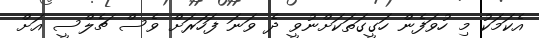
އެކަމަކު މި ހުވަފެން ހަގީގަތަކަށްނުވީ ދެ ވަނަ ފަހަރަށް ވެސް ޗެލްސީ އަށް